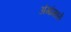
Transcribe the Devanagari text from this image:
अंगांमध्ये